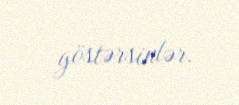
göstərsinlər.